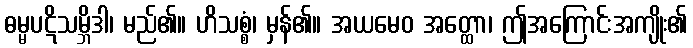
ဓမ္မပဋိသမ္ဘိဒါ၊ မည်၏။ ဟိသစ္စံ၊ မှန်၏။ အယမေဝ အတ္ထော၊ ဤအကြောင်းအကျိုး၏